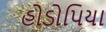
હોડોપિયા